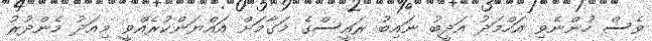
ވެސް ހުންނެވި އަހްމަދު އަދީބު ނައިބު ރައީސްގެ މަގާމަށް އައްޔަންކުރެއްވީ މިއަދު މެންދުރު